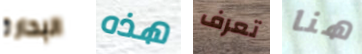
البحارة هذه تعرف هنا